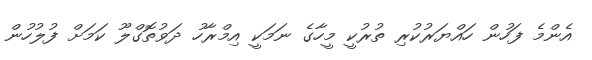
އެންމެ ފަހުން ހައްޔަރުކުރި ތުރުކީ މީހާގެ ނަމަކީ އިމްރާހު ދަވުތޮގްލޫ ކަމަށް ފުލުހުން